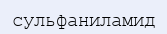
сульфаниламид